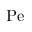
\mathrm { P e }